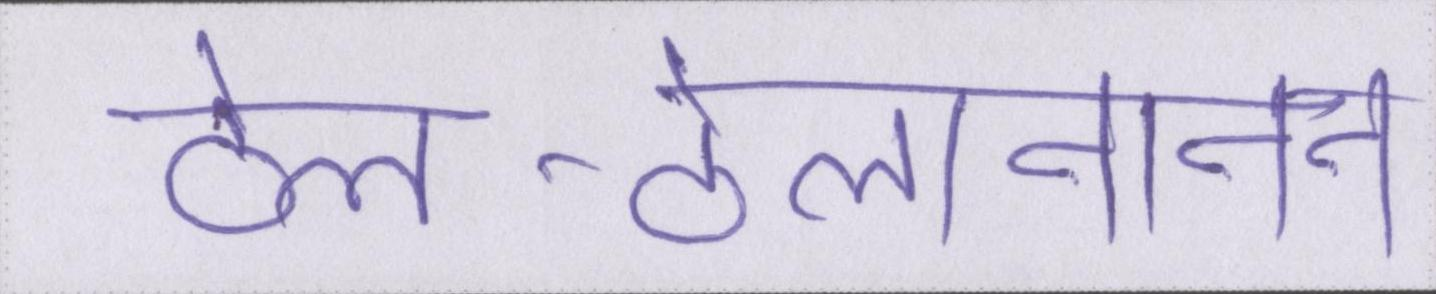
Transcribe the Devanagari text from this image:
ठेल-ठेलानानन